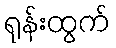
ရုန်းထွက်